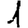
Digit: 1